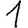
Digit: 1